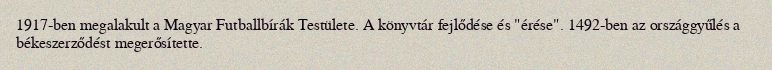
1917-ben megalakult a Magyar Futballbírák Testülete. A könyvtár fejlődése és "érése". 1492-ben az országgyűlés a békeszerződést megerősítette.